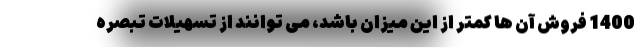
1400 فروش آن ها کمتر از این میزان باشد، می توانند از تسهیلات تبصره